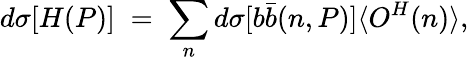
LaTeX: d\sigma[H(P)]\; =\; \sum_{n}d\sigma[b\bar{b}(n,P)]\langle O^{H}(n)\rangle,